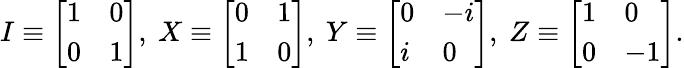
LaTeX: I\equiv{\left[\begin{array}{ll}{1}&{0}\\ {0}&{1}\end{array}\right]},\ X\equiv{\left[\begin{array}{ll}{0}&{1}\\ {1}&{0}\end{array}\right]},\ Y\equiv{\left[\begin{array}{ll}{0}&{-i}\\ {i}&{0}\end{array}\right]},\ Z\equiv{\left[\begin{array}{ll}{1}&{0}\\ {0}&{-1}\end{array}\right]}.